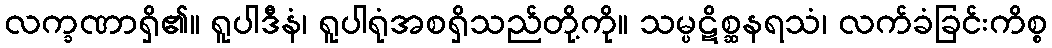
လက္ခဏာရှိ၏။ ရူပါဒီနံ၊ ရူပါရုံအစရှိသည်တို့ကို။ သမ္ပဋိစ္ဆနရသံ၊ လက်ခံခြင်းကိစ္စ